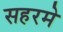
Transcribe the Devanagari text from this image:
सहरमे